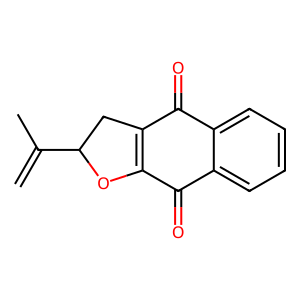
SMILES: C=C(C)C1CC2=C(O1)C(=O)c1ccccc1C2=O
Inhibits HIV replication: No